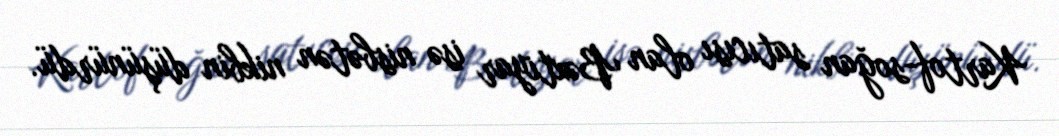
Kartof-soğan satıcısı olan Bəxtiyar isə nisbətən nikbin düşünürdü.